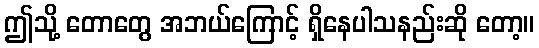
ဤသို့ တောတွေ အဘယ်ကြောင့် ရှိနေပါသနည်းဆို တော့။